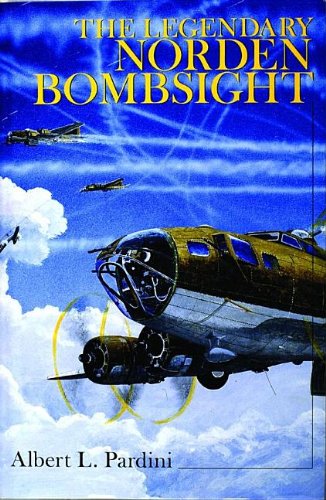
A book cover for The Legendary Secret Norden Bombsight: (Schiffer Military History); Albert L. Pardini; Engineering & Transportation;